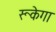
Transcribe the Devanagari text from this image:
रूकेगा